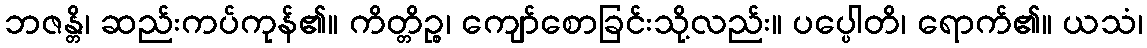
ဘဇန္တိ၊ ဆည်းကပ်ကုန်၏။ ကိတ္တိဉ္စ၊ ကျော်စောခြင်းသို့လည်း။ ပပ္ပေါတိ၊ ရောက်၏။ ယသံ၊